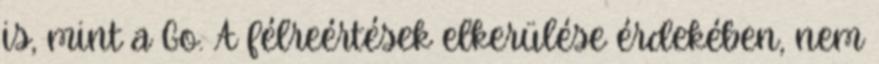
is, mint a Go. A félreértések elkerülése érdekében, nem